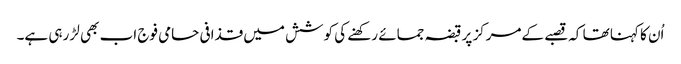
اُن کا کہنا تھا کہ قصبے کےمرکز پر قبضہ جمائے رکھنے کی کوشش میں قذافی حامی فوج اب بھی لڑ رہی ہے۔